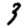
Digit: 3